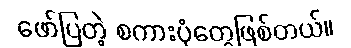
ဖော်ပြတဲ့ စကားပုံတွေဖြစ်တယ်။